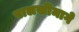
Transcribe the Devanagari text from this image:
पालखीमागे